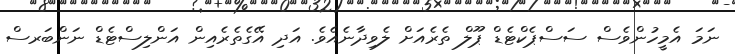
ނަމަ އެމީހުންވެސް ސަސްޕެކްޓެޑް ޕޫލް ތެރެއަށް ލެވިދާނެއެވެ. އަދި އޭގެތެރެއިން އަންލިސްޓެޑް ނަންބަރސް